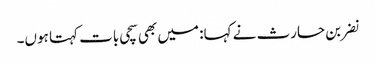
نضر بن حارث نے کہا: میں بھی سچی بات کہتا ہوں۔